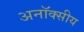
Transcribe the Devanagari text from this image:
अनॉक्सीय